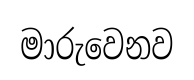
මාරුවෙනව